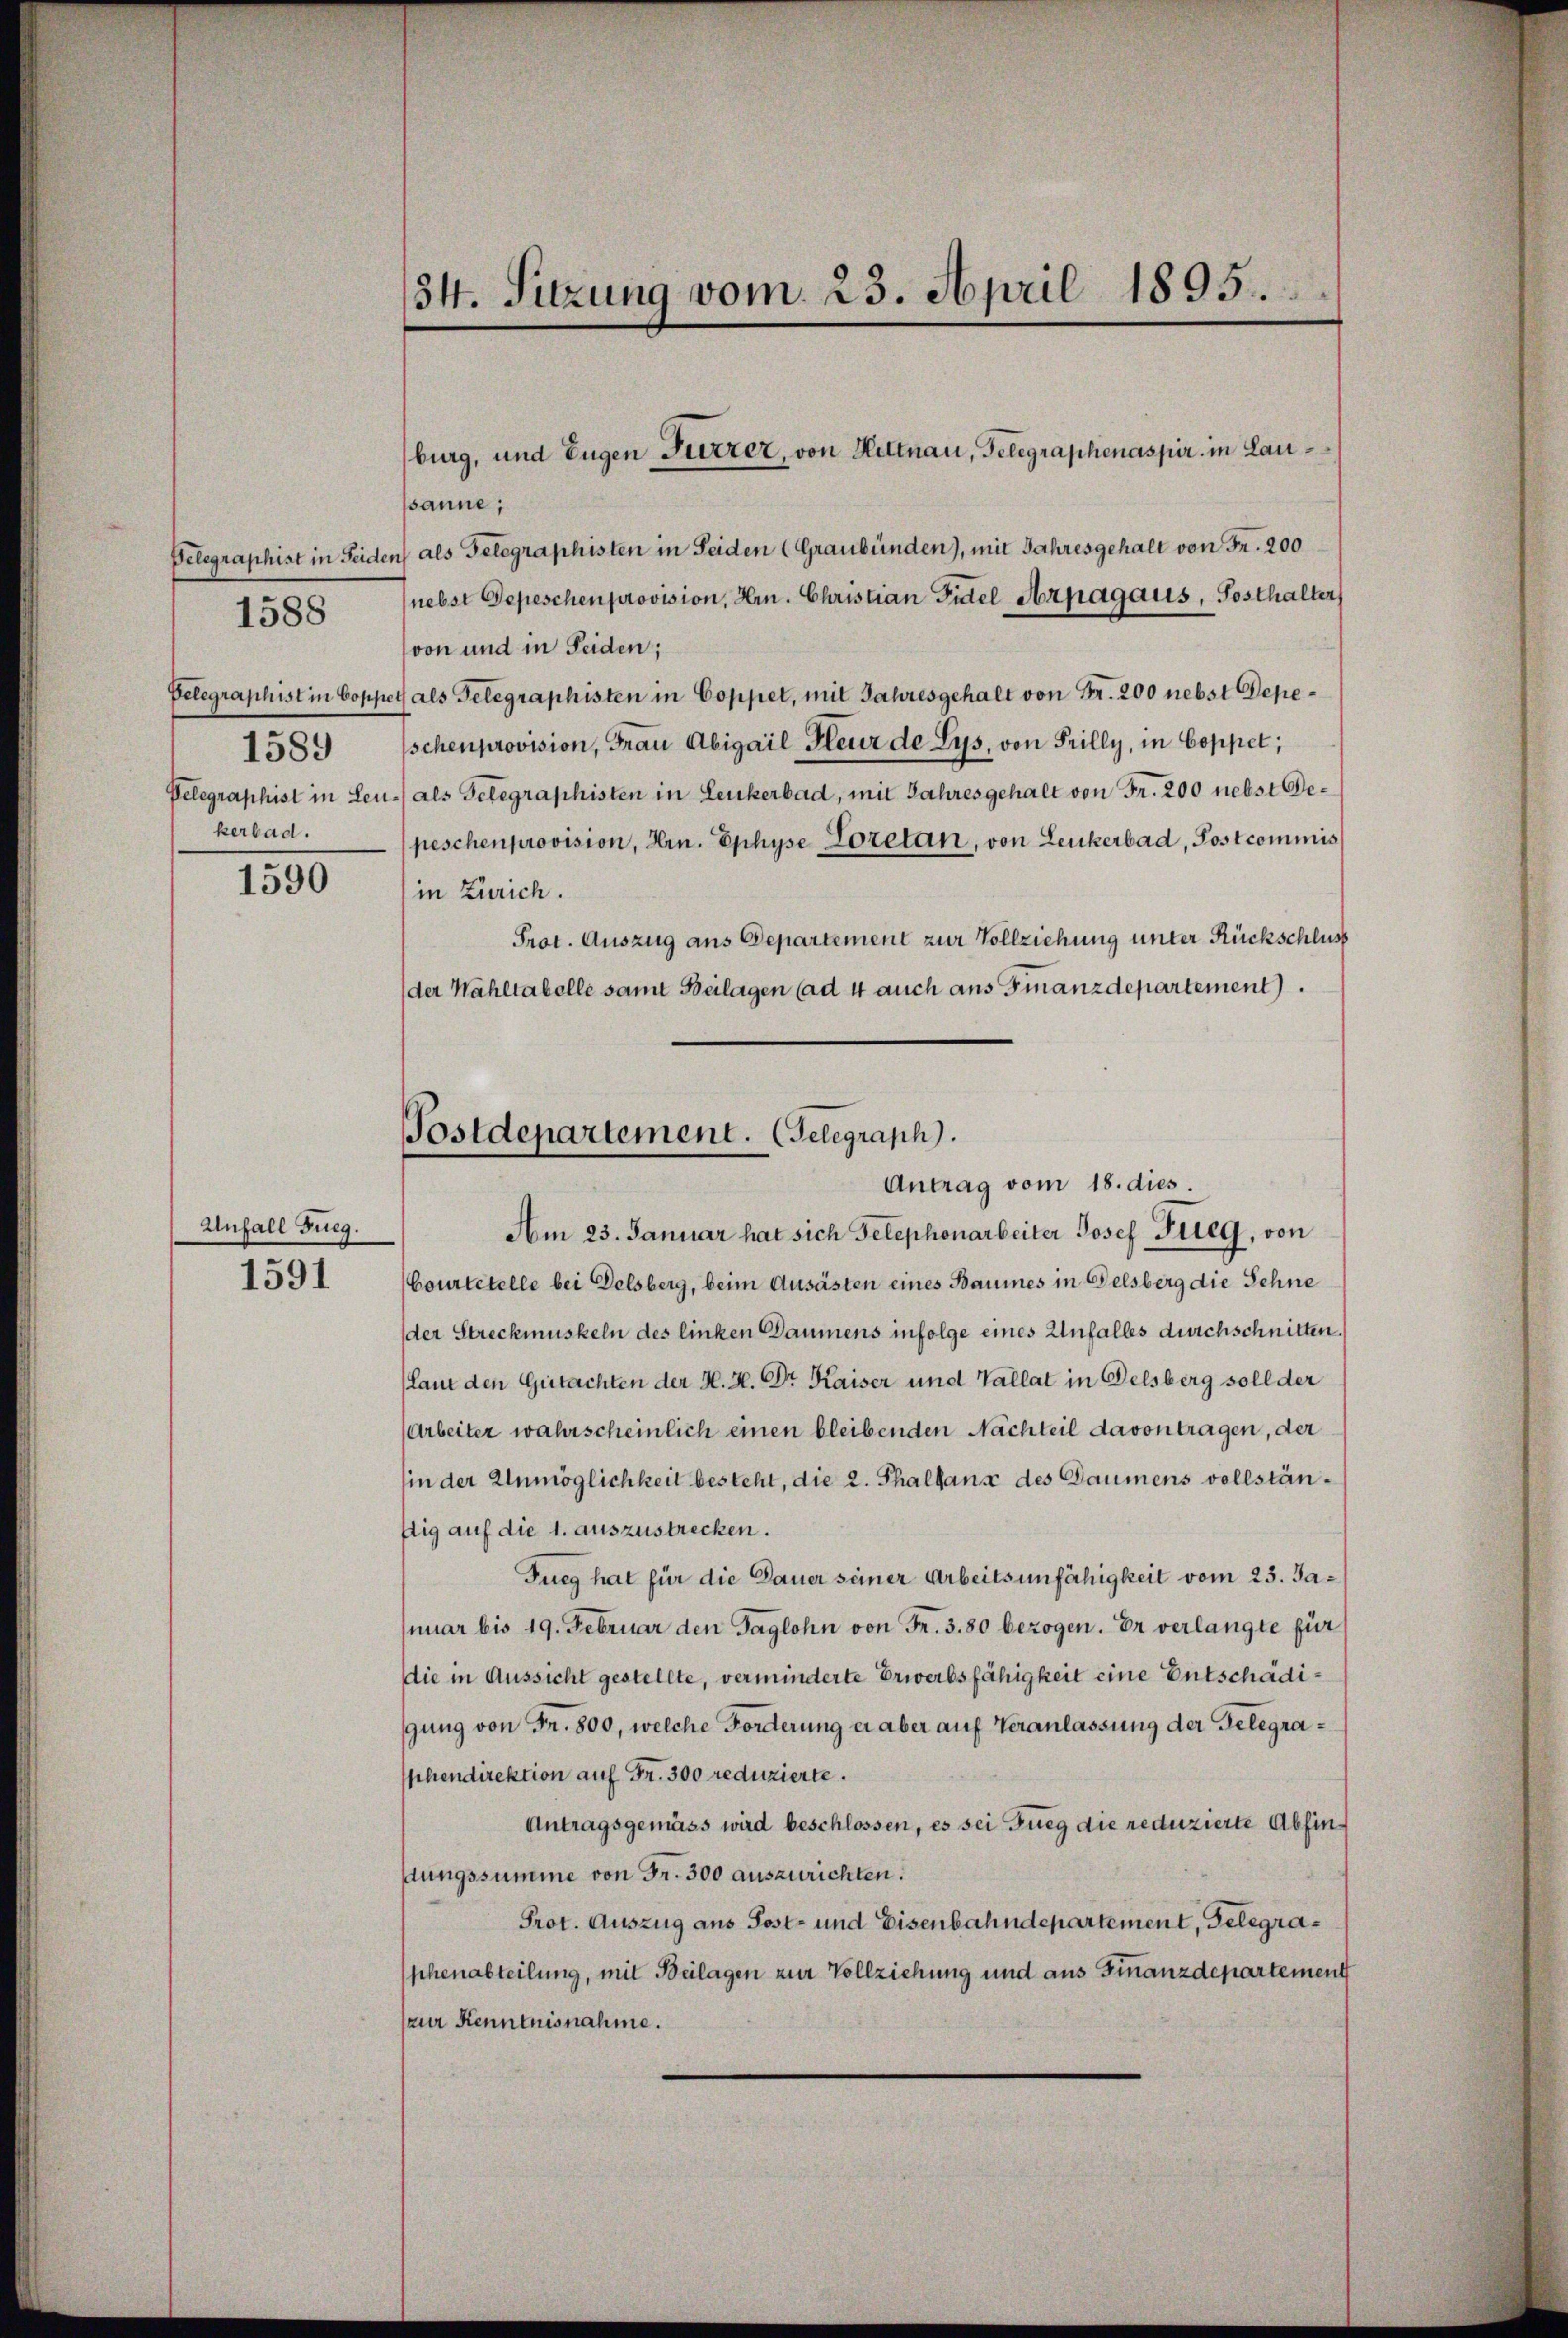
1589
kerbad.

1588

1590

psanne;
Telegraphist in Seiden als Telegraphisten in Seiden (Graubünden), mit Jahresgehalt von Fr. 200
(nebst Depeschen provision, Hrn. Christian Fidel Arpagaus, Sosthalter
von und in Seiden;
Telegraphist in Coppet als Telegraphisten in Coppet, mit Jahresgehalt von Fr. 200 nebst Depeschenprovision, Frau Abigail- Heur de Lys, von Frilly, in Coppel,
Telegraphist in Leu- als Telegraphisten in Leukerbad, mit Jahresgehalt von Fr. 200 nebst Bepeschenprovision, Hrn. Ephyse Loretan, von Leukerbad, Postcommis
in Zürich.
Prot. Auszug aus Departement zur Vollziehung unter Rückschluss
(der Wahltabelle samt Beilagen (ad 4 auch aus Finanzdepartement
Courtetelle bei Delsberg, beim Ausästen eines Baumes in Gelsberg die Sehne
der Streckmuskeln des linken Daumens infolge eines Unfalles durchschnitten.
(laut den Gutachten der H. H. Dr. Kaiser und Vallat in Delsberg soll der
Arbeiter wahrscheinlich einen bleibenden Nachteil davontragen, der
hin der Unmöglichkeit besteht, die 2. Thallans des Daumens vollstänftig auf die 1. auszustrecken.
Tueg hat für die Dauer seiner Arbeitsunfähigkeit vom 23. Januar bis 19. Februar den Taglohn von Fr. 3.80 bezogen. Er verlangte für
die in Aussicht gestellte, verminderte Erwerbsfähigkeit eine Entschädigung von Fr. 800, welche Forderung ei aber auf Veranlassung der Gelegraschendirektion auf Fr. 300 reduzierte.
Antragsgemäss wird beschlossen, es sei Fueg die reduzierte Abfinlungssumme von Fr. 300 auszurichten.
Prot. Auszug aus Post- und Eisenbahndepartement, Gelegraphenabteilung, mit Beilagen zur Vollziehung und aus Finanzdepartement
(zur Kenntnisnahme.

Unfall Fueg.

1591

34. Sitzung vom 23. April 1895.

burg, und Eugen Putzer, von Hittnau, Gelegraphenaspir in Lau¬

Postdepartement. (Gelegraph.
Antrag vom 18. dies.
Am 23. Januar hat sich Telephonarbeiter Josef Pileg, von